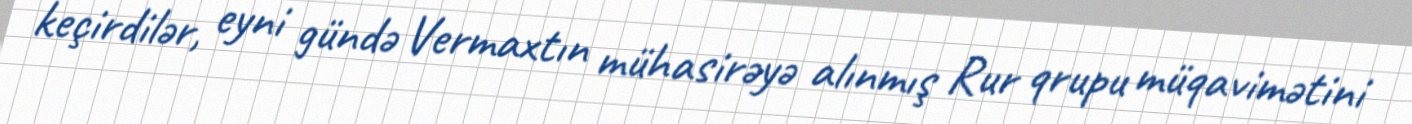
keçirdilər, eyni gündə Vermaxtın mühasirəyə alınmış Rur qrupu müqavimətini